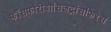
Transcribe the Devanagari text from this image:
फॉसफोरीबोसिलट्रांसफिरेस